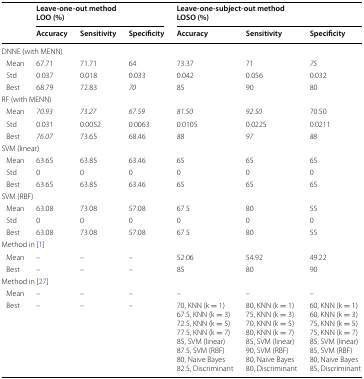
<table><thead><tr><td rowspan="2"></td><td colspan="3"><b>Leave-one-out methodLOO (%)</b></td><td colspan="3"><b>Leave-one-subject-out methodLOSO (%)</b></td></tr><tr><td><b>Accuracy</b></td><td><b>Sensitivity</b></td><td><b>Specificity</b></td><td><b>Accuracy</b></td><td><b>Sensitivity</b></td><td><b>Specificity</b></td></tr></thead><tbody><tr><td colspan="7">DNNE (with MENN)</td></tr><tr><td> Mean</td><td>67.71</td><td>71.71</td><td>64</td><td>73.37</td><td>71</td><td><i>75</i></td></tr><tr><td> Std</td><td>0.037</td><td>0.018</td><td>0.033</td><td>0.042</td><td>0.056</td><td>0.032</td></tr><tr><td> Best</td><td>68.79</td><td>72.83</td><td><i>70</i></td><td>85</td><td>90</td><td>80</td></tr><tr><td colspan="7">RF (with MENN)</td></tr><tr><td> Mean</td><td><i>70.93</i></td><td><i>73.27</i></td><td><i>67.59</i></td><td><i>81.50</i></td><td><i>92.50</i></td><td>70.50</td></tr><tr><td> Std</td><td>0.031</td><td>0.0052</td><td>0.0063</td><td>0.0105</td><td>0.0225</td><td>0.0211</td></tr><tr><td> Best</td><td><i>76.07</i></td><td>73.65</td><td>68.46</td><td><i>88</i></td><td><i>97</i></td><td><i>88</i></td></tr><tr><td colspan="7">SVM (linear)</td></tr><tr><td> Mean</td><td>63.65</td><td>63.85</td><td>63.46</td><td>65</td><td>65</td><td>65</td></tr><tr><td> Std</td><td>0</td><td>0</td><td>0</td><td>0</td><td>0</td><td>0</td></tr><tr><td> Best</td><td>63.65</td><td>63.85</td><td>63.46</td><td>65</td><td>65</td><td>65</td></tr><tr><td colspan="7">SVM (RBF)</td></tr><tr><td> Mean</td><td>63.08</td><td>73.08</td><td>57.08</td><td>67.5</td><td>80</td><td>55</td></tr><tr><td> Std</td><td>0</td><td>0</td><td>0</td><td>0</td><td>0</td><td>0</td></tr><tr><td> Best</td><td>63.08</td><td>73.08</td><td>57.08</td><td>67.5</td><td>80</td><td>55</td></tr><tr><td colspan="7">Method in [1]</td></tr><tr><td> Mean</td><td>–</td><td>–</td><td>–</td><td>52.06</td><td>54.92</td><td>49.22</td></tr><tr><td> Best</td><td>–</td><td>–</td><td>–</td><td>85</td><td>80</td><td>90</td></tr><tr><td colspan="7">Method in [27]</td></tr><tr><td> Mean</td><td>–</td><td>–</td><td>–</td><td>–</td><td>–</td><td>–</td></tr><tr><td> Best</td><td>–</td><td>–</td><td>–</td><td>70, KNN (k = 1)67.5, KNN (k = 3)72.5, KNN (k = 5)77.5, KNN (k = 7)85, SVM (linear)87.5, SVM (RBF)80, Naive Bayes82.5, Discriminant</td><td>80, KNN (k = 1)75, KNN (k = 3)70, KNN (k = 5)80, KNN (k = 7)85, SVM (linear)90, SVM (RBF)80, Naive Bayes80, Discriminant</td><td>60, KNN (k = 1)60, KNN (k = 3)75, KNN (k = 5)75, KNN (k = 7)85, SVM (linear)85, SVM (RBF)80, Naive Bayes85, Discriminant</td></tr></tbody></table>